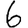
Digit: 6